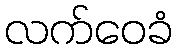
လက်ဝေခံ